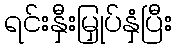
ရင်းနှီးမြှုပ်နှံပြီး